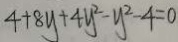
4 + 8 y + 4 y ^ { 2 } - y ^ { 2 } - 4 = 0